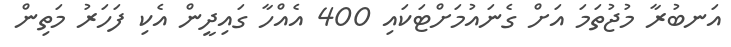
އަނބުރާ މުޖުތަމަ އަށް ގެނައުމަށްޓަކައި 400 އެއްހާ ގައިދީން އެކި ފަހަރު މަތިން